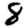
Digit: 8